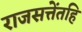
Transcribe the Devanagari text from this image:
राजसत्तेंतहि